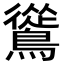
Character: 䳷